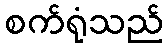
စက်ရုံသည်